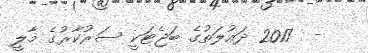
-  2017 ދައުލަތުގެ ބަޖެޓަކީ ސަރުކާރުގެ މާލީ